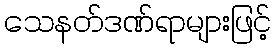
သေနတ်ဒဏ်ရာများဖြင့်